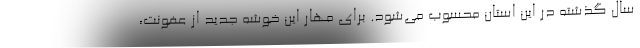
سال گذشته در این استان محسوب می‌شود. برای مهار این خوشه جدید از عفونت،